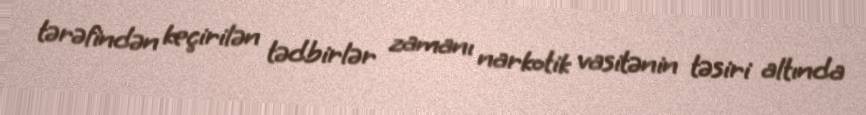
tərəfindən keçirilən tədbirlər zamanı narkotik vasitənin təsiri altında